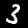
Label: 3